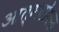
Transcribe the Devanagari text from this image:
आत्मबोधक